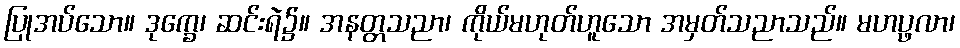
ပြုအပ်သော။ ဒုက္ခေ၊ ဆင်းရဲ၌။ အနတ္တသညာ၊ ကိုယ်မဟုတ်ဟူသော အမှတ်သညာသည်။ မဟပ္ဖလာ၊